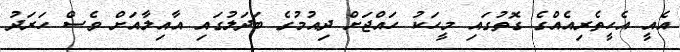
އެއީ އެހީތެރިއެއްގެ ގޮތުގައި މީހަކު ހައްޖަށް ދިއުމުގެ ބަދަލުގައި އާއިލާއަށް ވެސް ހަރަދު